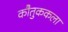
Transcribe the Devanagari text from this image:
कौतुककला